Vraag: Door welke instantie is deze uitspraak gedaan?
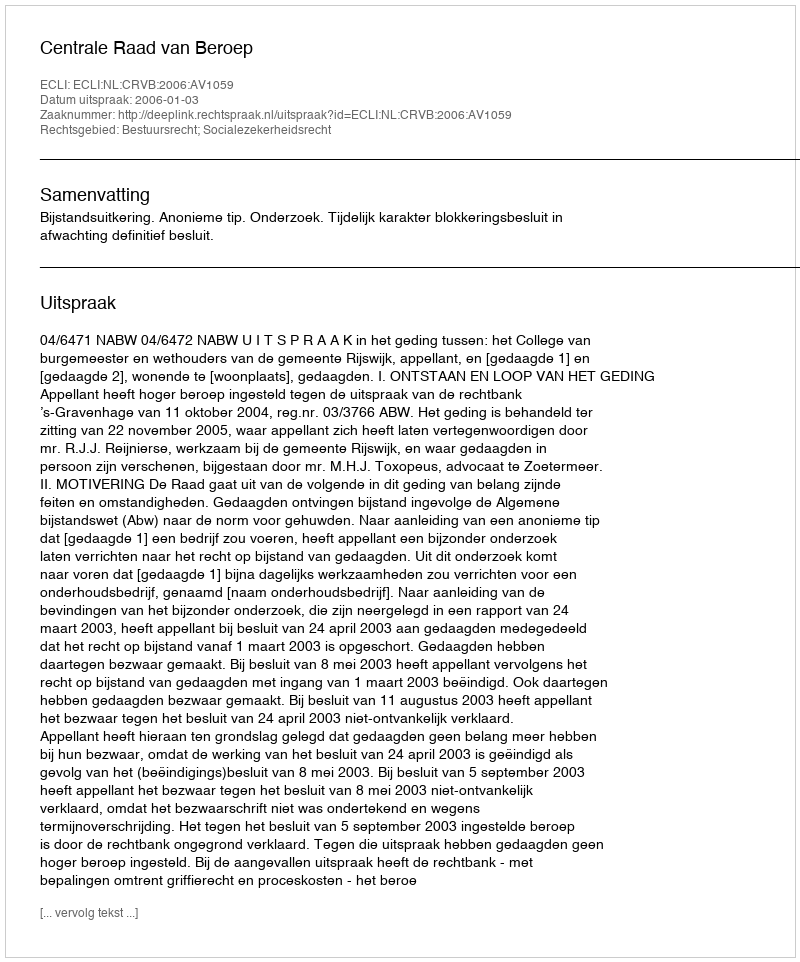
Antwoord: Centrale Raad van Beroep